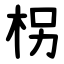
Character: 柺